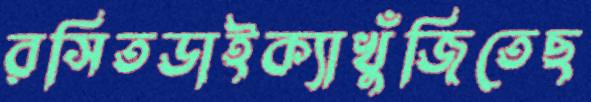
রসিতডাইক্যাখুঁজিতেছ